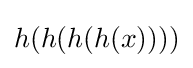
h(h(h(h(x))))